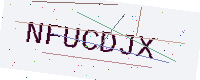
Text: NFUCDJX